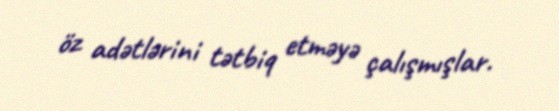
öz adətlərini tətbiq etməyə çalışmışlar.